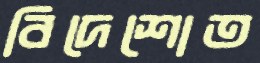
বিদেশোত